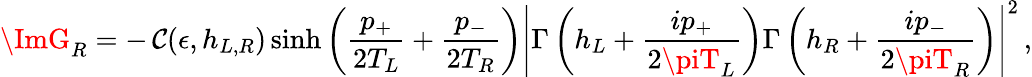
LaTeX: \ImG_{R}=-\, {\cal\mathcal{C}}(\epsilon,h_{L,R})\sinh{\left({\frac{{p_{+}}}{{2T_{L}}}}+{\frac{{p_{-}}}{{2T_{R}}}}\right)}\left|\Gamma\left(h_{L}+{\frac{{ip_{+}}}{{2\piT_{L}}}}\right)\Gamma\left(h_{R}+{\frac{{ip_{-}}}{{2\piT_{R}}}}\right)\right|^{2}\, ,